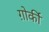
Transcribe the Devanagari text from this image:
ग़ोर्की